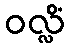
ဝလ္လိံ